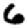
Digit: 6